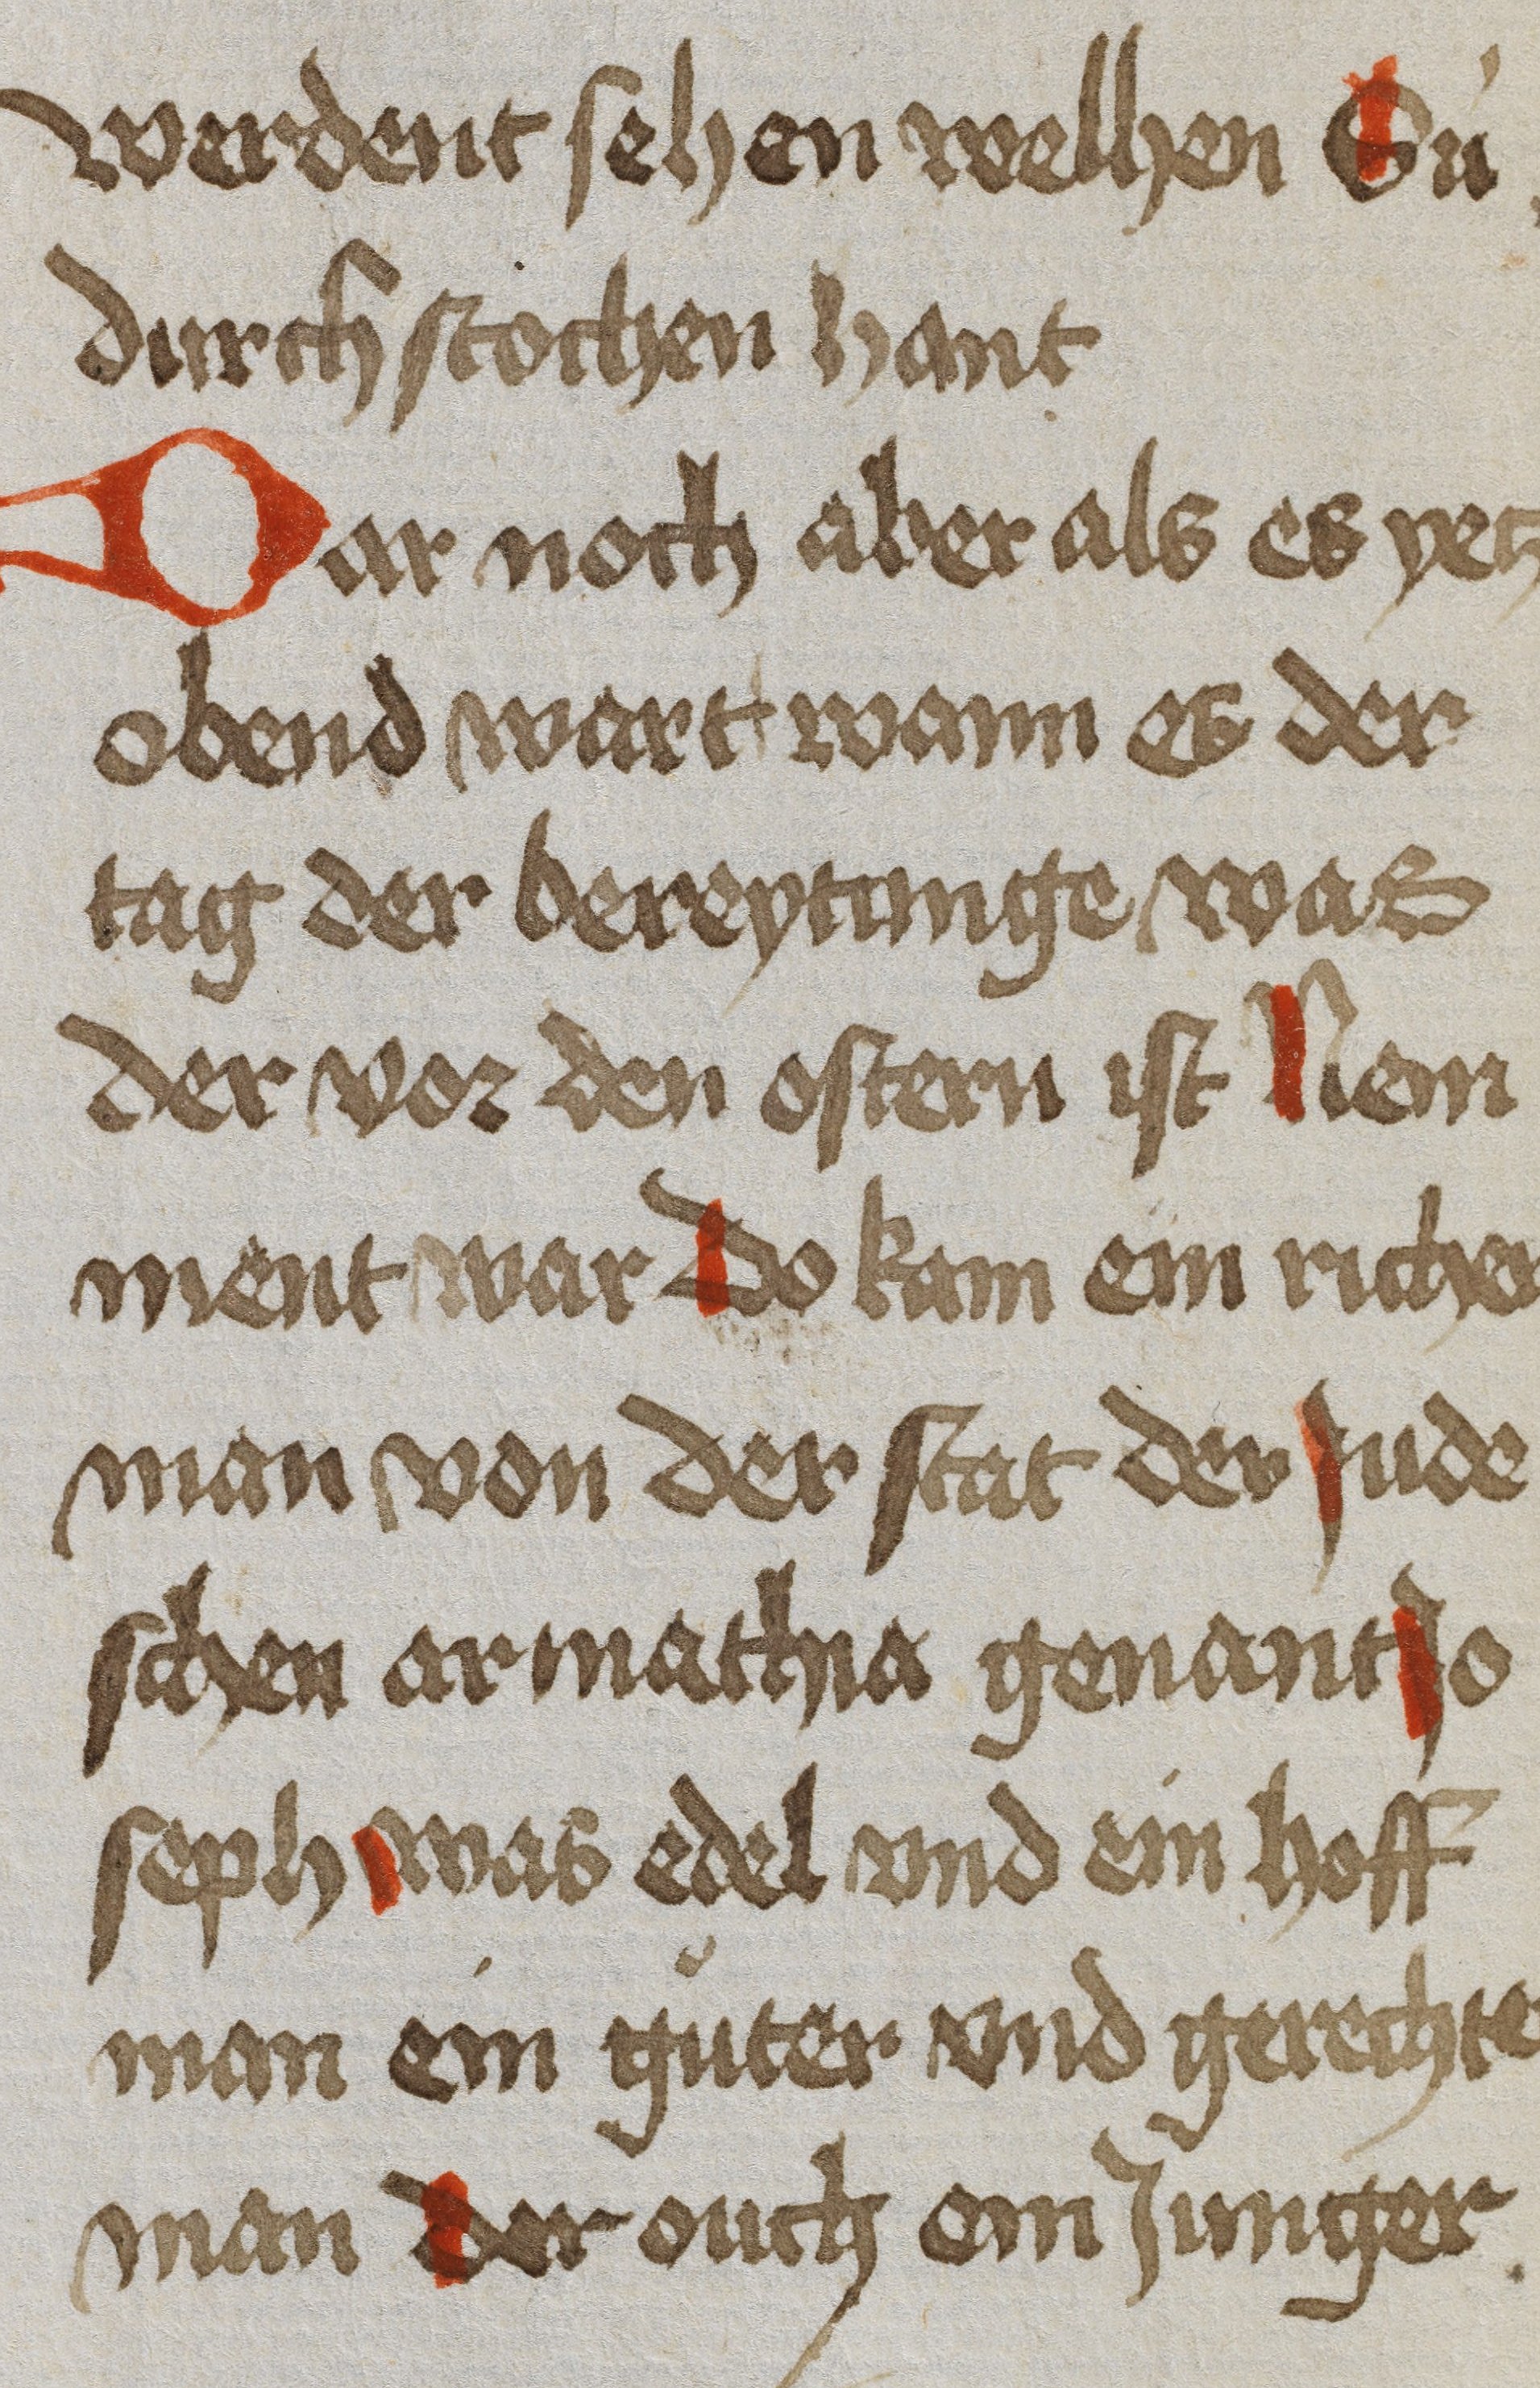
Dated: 1450–1499